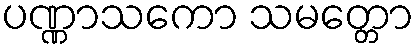
ပဏ္ဏာသကော သမတ္တော